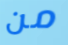
من